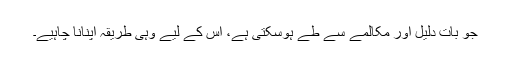
جو بات دلیل اور مکالمے سے طے ہوسکتی ہے، اس کے لیے وہی طریقہ اپنانا چاہیے۔